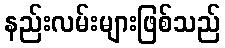
နည်းလမ်းများဖြစ်သည်